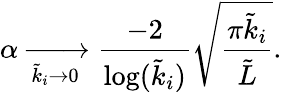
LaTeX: \alpha\xrightarrow[\tilde{k}_{i}\to 0]{}\frac{-2}{\log(\tilde{k}_{i})}\sqrt{\frac{\pi\tilde{k}_{i}}{\tilde{L}}}.